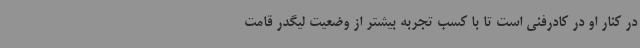
در کنار او در کادرفنی است تا با کسب تجربه بیشتر از وضعیت لیگدر قامت